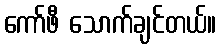
ကော်ဖီ သောက်ချင်တယ်။